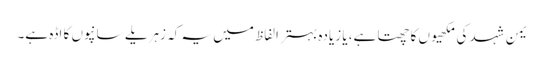
یمن شہد کی مکھیوں کا چھتا ہے، یا زیادہ بہتر الفاظ میں یہ کہ زہریلے سانپوں کا اڈہ ہے۔